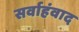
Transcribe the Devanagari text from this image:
सर्वाहंवाद